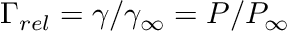
\Gamma _ { r e l } = \gamma / \gamma _ { \infty } = P / P _ { \infty }